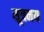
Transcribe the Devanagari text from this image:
सूत्रमय